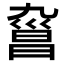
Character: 𣉑